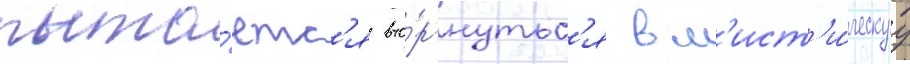
пыта́етс'я вто́ргнутьс'я в м'ист'и́ческуу